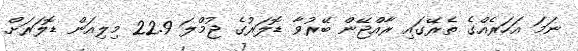
ނަމަ އަހަރެއްގެ ތެރޭގައި ރާއްޖޭން ބޭރުވާ ޑޮލަރުގެ ޖުމްލަ 22.9 މިލިއަން ޑޮލަރަށް